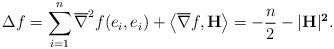
LaTeX: \begin{align*}\Delta f&=\sum_{i=1}^n\overline{\nabla}^2f(e_i,e_i)+\left\langle \overline{\nabla}f,{\bf H}\right\rangle=-\dfrac{n}{2}-|\bf{H}|^2.\end{align*}